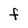
Character: F